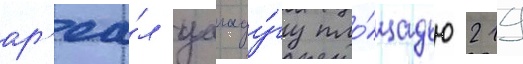
ар'еа́л уагаду́гу пло́щадью 219